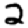
Digit: 2